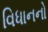
વિધાનનો